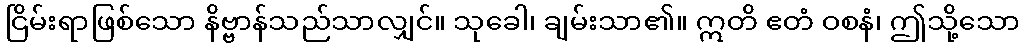
ငြိမ်းရာဖြစ်သော နိဗ္ဗာန်သည်သာလျှင်။ သုခေါ၊ ချမ်းသာ၏။ ဣတိ ဧတံ ဝစနံ၊ ဤသို့သော